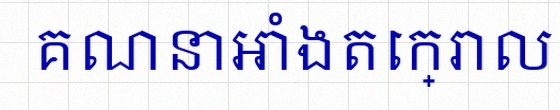
គណនាអាំងតេក្រាល